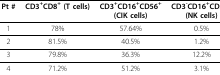
<table><thead><tr><td><b>Pt #</b></td><td><b>CD3<sup>+</sup>CD8<sup>+ </sup>(T cells)</b></td><td><b>CD3<sup>+</sup>CD16<sup>+</sup>CD56<sup>+ </sup>(CIK cells)</b></td><td><b>CD3<sup>-</sup>CD16<sup>+</sup>CD56<sup>+</sup>(NK cells)</b></td></tr></thead><tbody><tr><td>1</td><td>78%</td><td>57.64%</td><td>0.5%</td></tr><tr><td>2</td><td>81.5%</td><td>40.5%</td><td>1.2%</td></tr><tr><td>3</td><td>79.8%</td><td>36.3%</td><td>12.2%</td></tr><tr><td>4</td><td>71.2%</td><td>51.2%</td><td>3.1%</td></tr></tbody></table>